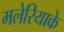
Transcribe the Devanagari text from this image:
मलेरियाके